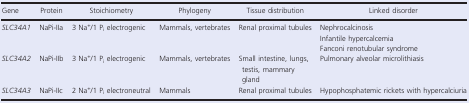
<table><thead><tr><td><b>Gene</b></td><td><b>Protein</b></td><td><b>Stoichiometry</b></td><td><b>Phylogeny</b></td><td><b>Tissue distribution</b></td><td><b>Linked disorder</b></td></tr></thead><tbody><tr><td><i>SLC34A1</i></td><td>NaPi‐IIa</td><td>3 Na<sup>+</sup>/1 P<sub>i</sub> electrogenic</td><td>Mammals, vertebrates</td><td>Renal proximal tubules</td><td>NephrocalcinosisInfantile hypercalcemiaFanconi renotubular syndrome</td></tr><tr><td><i>SLC34A2</i></td><td>NaPi‐IIb</td><td>3 Na<sup>+</sup>/1 P<sub>i</sub> electrogenic</td><td>Mammals, vertebrates</td><td>Small intestine, lungs, testis, mammary gland</td><td>Pulmonary alveolar microlithiasis</td></tr><tr><td><i>SLC34A3</i></td><td>NaPi‐IIc</td><td>2 Na<sup>+</sup>/1 P<sub>i</sub> electroneutral</td><td>Mammals</td><td>Renal proximal tubules</td><td>Hypophosphatemic rickets with hypercalciuria</td></tr></tbody></table>